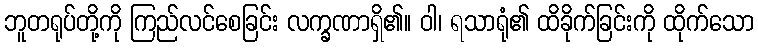
ဘူတရုပ်တို့ကို ကြည်လင်စေခြင်း လက္ခဏာရှိ၏။ ဝါ၊ ရသာရုံ၏ ထိခိုက်ခြင်းကို ထိုက်သော